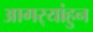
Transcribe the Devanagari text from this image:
आगर्‍यांहुन